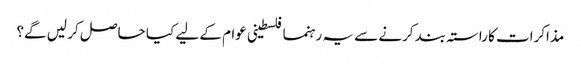
مذاکرات کا راستہ بند کرنے سے یہ رہنما فلسطینی عوام کے لیے کیا حاصل کر لیں گے؟